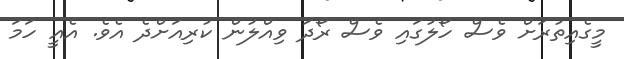
މީގެއިތުރަށް ވެސް ހޯލުގައި ވެސް ރޯދަ ވިއްލުން ކުރިއަށްދެ އެވެ. އެއީ ހަމަ